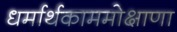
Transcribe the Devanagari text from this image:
धर्मार्थकाममोक्षाणा